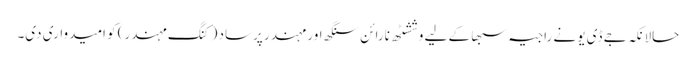
حالانکہ جے ڈی یو نے راجیہ سبھا کے لیے وششٹھ نارائن سنگھ اور مہندر پرساد (کنگ مہندر) کو امیدواری دی۔